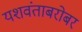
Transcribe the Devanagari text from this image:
यशवंताबरोबर